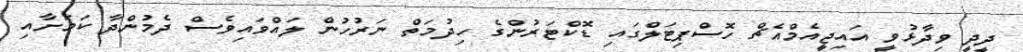
ދީދީ ވިދާޅުވީ އައިޖީއެމްއެޗް ހޮސްޕިޓަލްގައި ޑޮކްޓަރުންގެ ހިދުމަތް ނަރުހުން ލައްވައިވެސް ދެމުންދާ ކަމަށާއި